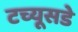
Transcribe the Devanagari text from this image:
टच्यूसडे